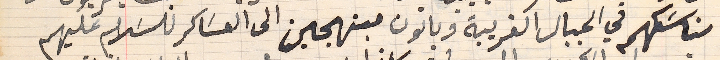
مناسَكهم في الجبال الغربية وياتون مبتهجين الى العسَاكر للسَلام عليهم